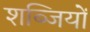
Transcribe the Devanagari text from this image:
शब्जियों